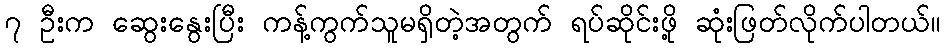
၇ ဦးက ဆွေးနွေးပြီး ကန့်ကွက်သူမရှိတဲ့အတွက် ရပ်ဆိုင်းဖို့ ဆုံးဖြတ်လိုက်ပါတယ်။